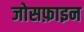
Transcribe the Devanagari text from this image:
जोसफ़ाइन